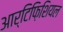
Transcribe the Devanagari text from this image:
आर्टिफ़िशियल